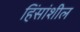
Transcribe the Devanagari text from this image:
हिंसांशील